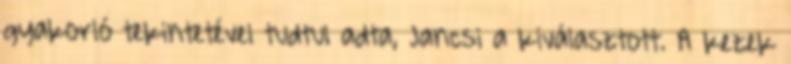
gyakorló tekintetével tudtul adta, Jancsi a kiválasztott. A kezek